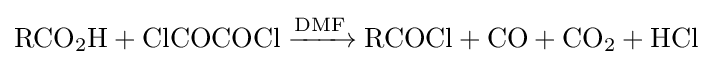
{\ce {RCO2H + ClCOCOCl ->[DMF] RCOCl + CO + CO2 + HCl}}